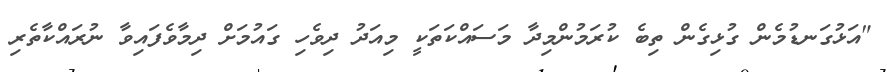
"އަޅުގަނޑުމެން ގުޅިގެން ތިބެ ކުރަމުންމިދާ މަސައްކަތަކީ މިއަދު ދިވެހި ގައުމަށް ދިމާވެފައިވާ ނުރައްކާތެރި